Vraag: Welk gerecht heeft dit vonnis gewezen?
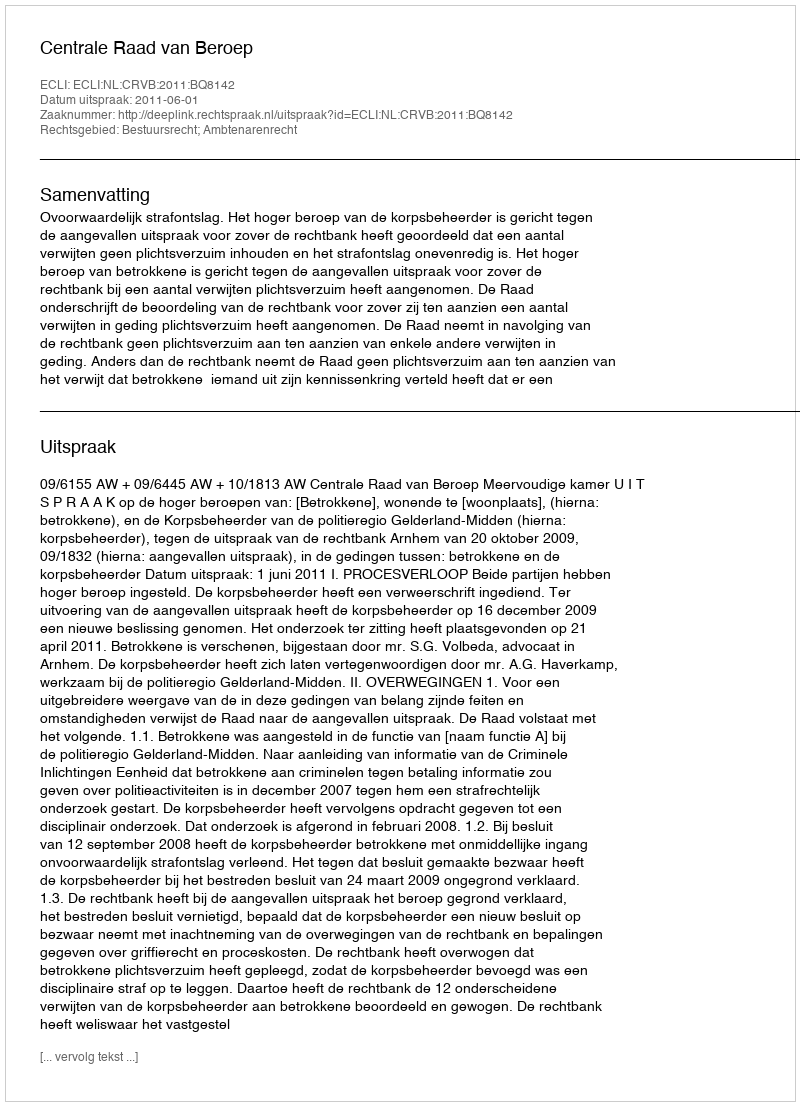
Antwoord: Centrale Raad van Beroep